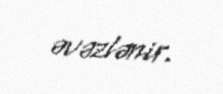
əvəzlənir.